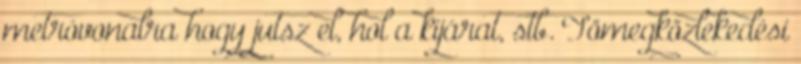
metróvonalra hogy jutsz el, hol a kijárat, stb. Tömegközlekedési